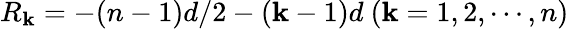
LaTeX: R_{\mathbf{k}}=-(n-1)d/2-(\mathbf{k}-1)d~(\mathbf{k}=1,2,\cdots,n)